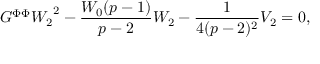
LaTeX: G ^ { \Phi \Phi } { W _ { 2 } } ^ { 2 } - \frac { W _ { 0 } ( p - 1 ) } { p - 2 } W _ { 2 } - \frac { 1 } { 4 ( p - 2 ) ^ { 2 } } V _ { 2 } = 0 ,